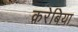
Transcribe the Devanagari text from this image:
करेबिया